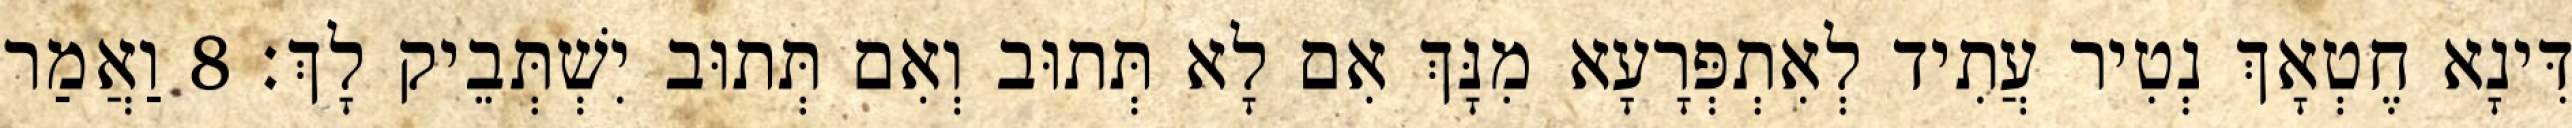
דִּינָא חֶטְאָךְ נְטִיר עֲתִיד לְאִתְפְּרָעָא מִנָּךְ אִם לָא תְּתוּב וְאִם תְּתוּב יִשְׁתְּבֵיק לָךְ׃ 8 וַאֲמַר